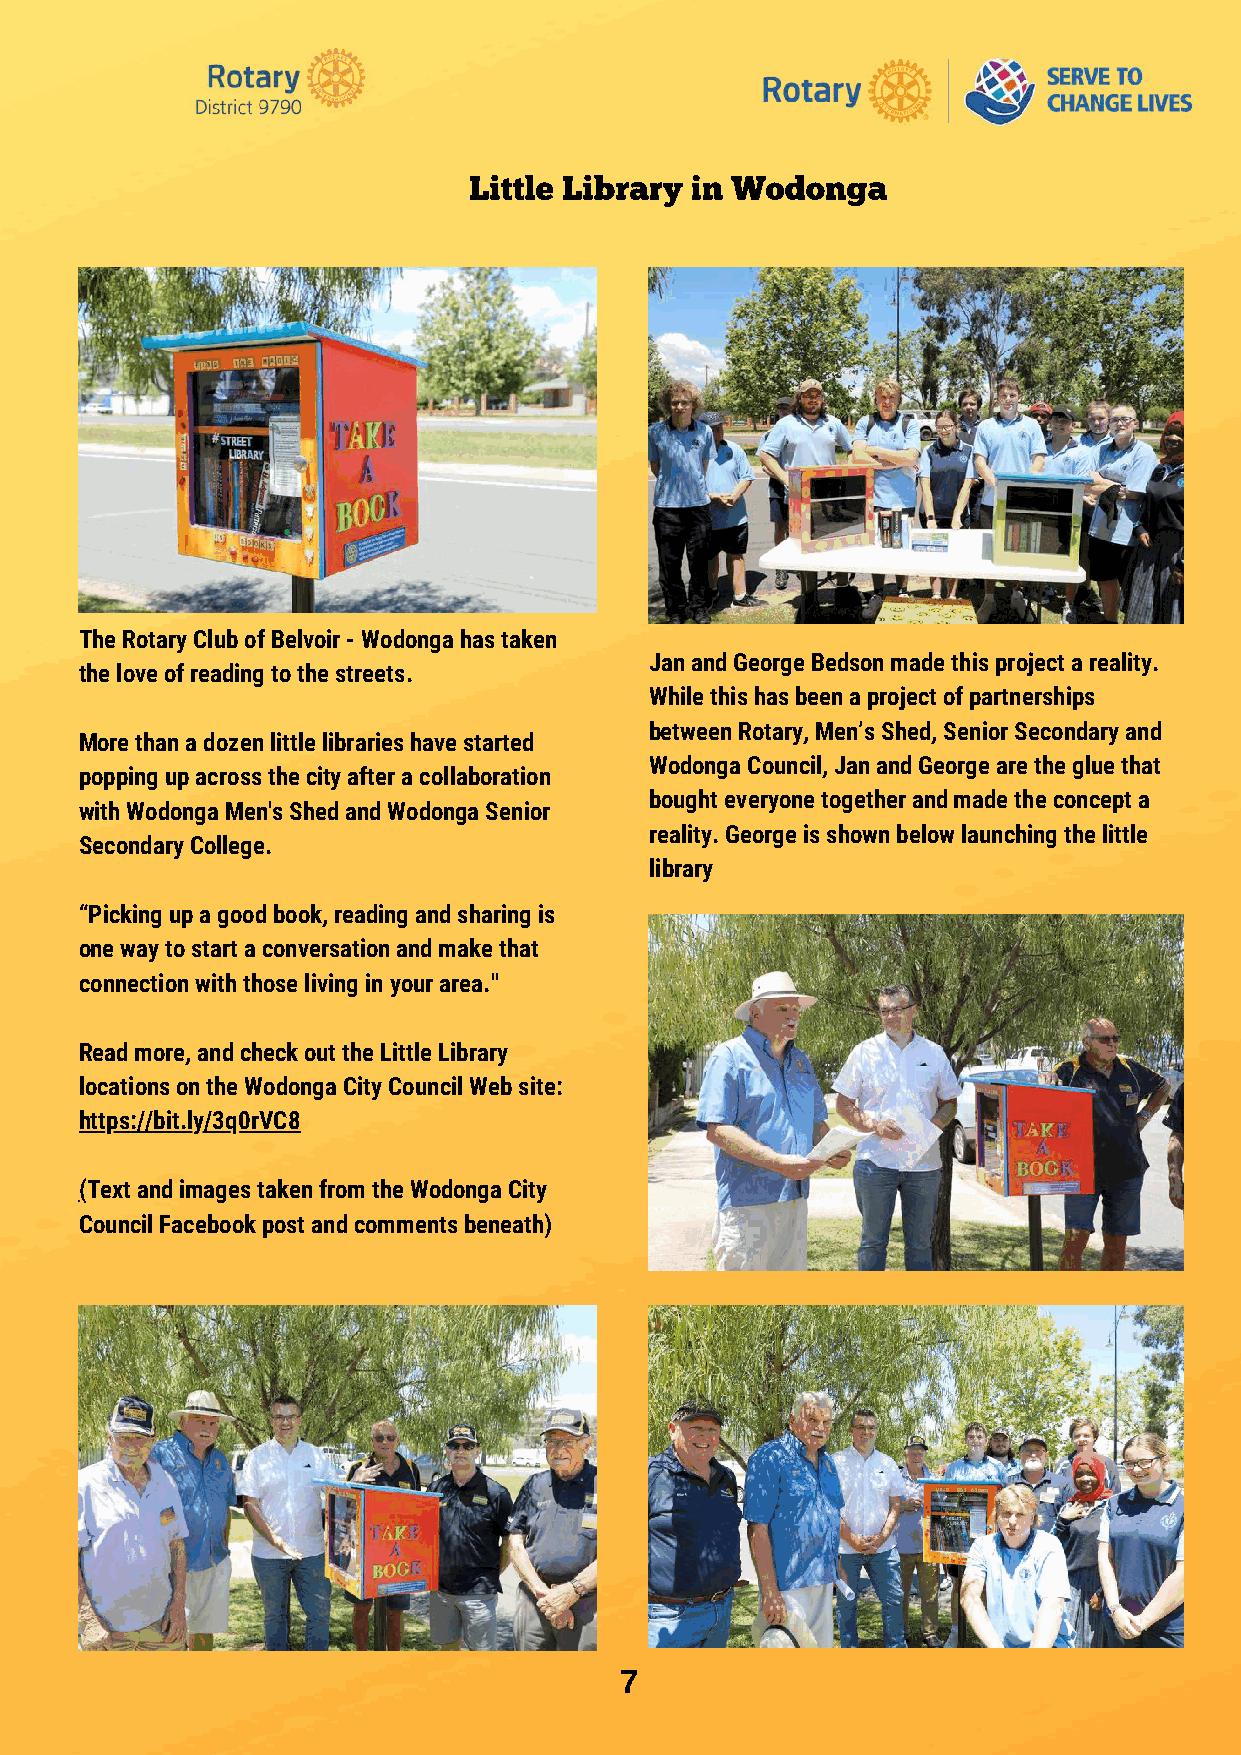
Little Library in Wodonga
 The Rotary Club of Belvoir - Wodonga has taken
 Jan and George Bedson made this project a reality.
 the love of reading to the streets.
 While this has been a project of partnerships
 between Rotary, Men’s Shed, Senior Secondary and
 More than a dozen little libraries have started
 Wodonga Council, Jan and George are the glue that
 popping up across the city after a collaboration
 bought everyone together and made the concept a
 with Wodonga Men's Shed and Wodonga Senior
 reality. George is shown below launching the little
 Secondary College.
 library
 “Picking up a good book, reading and sharing is
 one way to start a conversation and make that
 connection with those living in your area."
 Read more, and check out the Little Library
 locations on the Wodonga City Council Web site:
 https://bit.ly/3q0rVC8
 (Text and images taken from the Wodonga City
 Council Facebook post and comments beneath)
 7